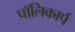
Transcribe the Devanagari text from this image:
पॉलिकार्प